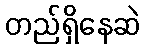
တည်ရှိနေဆဲ